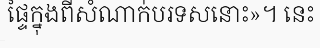
ផ្ទៃក្នុងពីសំណាក់បរទសនោះ»។ នេះ